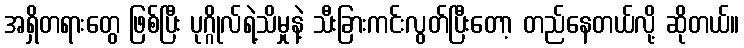
အရှိတရားတွေ ဖြစ်ပြီး ပုဂ္ဂိုလ်ရဲ့သိမှုနဲ့ သီးခြားကင်းလွတ်ပြီးတော့ တည်နေတယ်လို့ ဆိုတယ်။